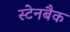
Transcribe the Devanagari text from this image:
स्टेनबैक